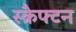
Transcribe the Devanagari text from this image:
स्क्रैफ्टन